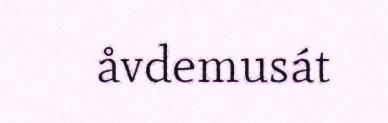
åvdemusát